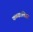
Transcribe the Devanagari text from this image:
कब्बालिस्ट